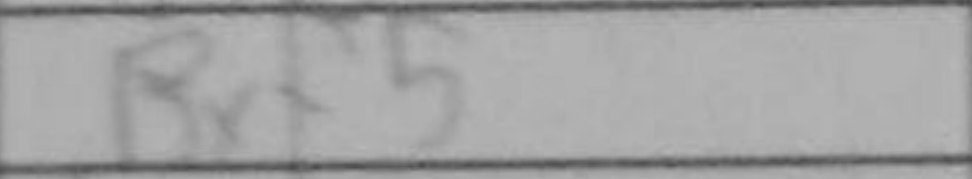
Transcription: Bxf5